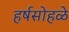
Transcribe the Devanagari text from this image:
हर्षसोहळे